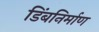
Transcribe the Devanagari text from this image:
डिंबनिर्माण